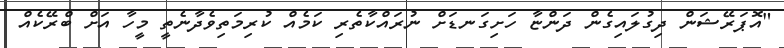
"އޮޕަރޭޝަން ދިގުލައިގެން ދަންޏާ ހަށިގަނޑަށް ނުރައްކާތެރި ކަމެއް ކުރިމަތިވެދާނެތީ މީހާ އަށް ބްރޭކެއް